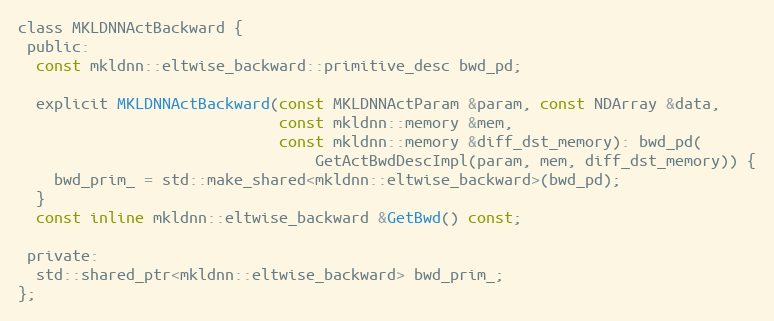
Language: C
class MKLDNNActBackward {
 public:
  const mkldnn::eltwise_backward::primitive_desc bwd_pd;

  explicit MKLDNNActBackward(const MKLDNNActParam &param, const NDArray &data,
                             const mkldnn::memory &mem,
                             const mkldnn::memory &diff_dst_memory): bwd_pd(
                                 GetActBwdDescImpl(param, mem, diff_dst_memory)) {
    bwd_prim_ = std::make_shared<mkldnn::eltwise_backward>(bwd_pd);
  }
  const inline mkldnn::eltwise_backward &GetBwd() const;

 private:
  std::shared_ptr<mkldnn::eltwise_backward> bwd_prim_;
};